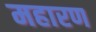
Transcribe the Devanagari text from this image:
महारण